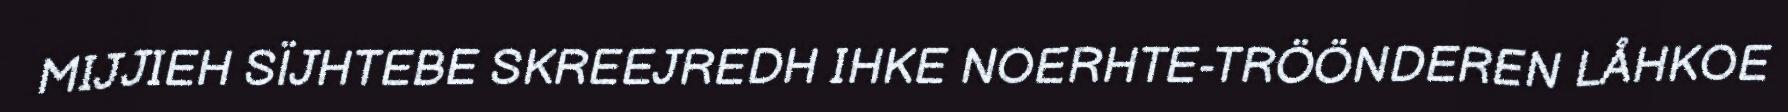
MIJJIEH SÏJHTEBE SKREEJREDH IHKE NOERHTE-TRÖÖNDEREN LÅHKOE